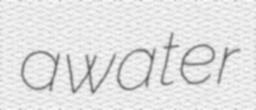
awater